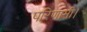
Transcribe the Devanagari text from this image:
परिणामी।